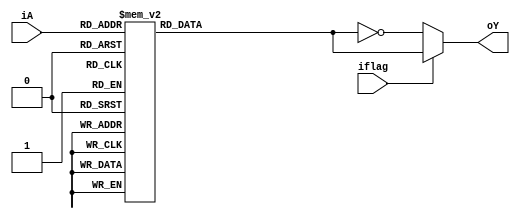
`timescale 1ns / 1ps
//////////////////////////////////////////////////////////////////////////////////
// Company: 
// Engineer: 
// 
// Design Name: 
// Module Name: seg_decoder
// Project Name: 
// Target Devices: 
// Tool Versions: 
// Description: 
// 
// Dependencies: 
// 
// Revision:
// Revision 0.01 - File Created
// Additional Comments:
// 
//////////////////////////////////////////////////////////////////////////////////


module seg_decoder(
    input iflag,         //
    input [3:0] iA,        //BCD
    output reg [7:0] oY      //
    );
    
    always@(iflag,iA)
        begin
            case(iA)           //
                4'b0000:oY = 8'h3f;  //0
                4'b0001:oY = 8'h06;  //1
                4'b0010:oY = 8'h5b;  //2
                4'b0011:oY = 8'h4f;  //3
                4'b0100:oY = 8'h66;  //4
                4'b0101:oY = 8'h6d;  //5
                4'b0110:oY = 8'h7d;  //6
                4'b0111:oY = 8'h27;  //7
                4'b1000:oY = 8'h7f;  //8
                4'b1001:oY = 8'h6f;  //9
                default:oY = 8'h00;  //
            endcase
            if(!iflag)
                oY = ~oY;    //
        end
endmodule